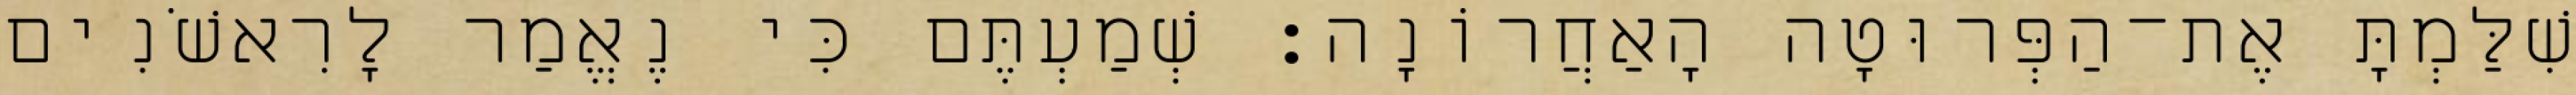
שִׁלַּמְתָּ אֶת־הַפְּרוּטָה הָאַחֲרוֹנָה׃ שְׁמַעְתֶּם כִּי נֶאֱמַר לָרִאשֹׁנִים